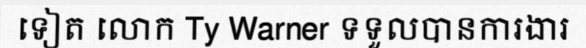
ទៀត លោក Ty Warner ទទួលបានការងារ